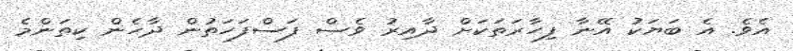
އެވެ. އެ ބަޔަކު އޭނާ ފިހާރަަތަކަށް ދާއިރު ވެސް ފަސްފަހަތުން ދާހެން ކިތަންމެ